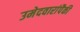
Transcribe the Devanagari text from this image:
उमेदवारांपैकी